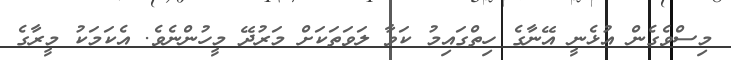
މިސްވެގެން އުޅެނީ އޭނާގެ ހިތްގައިމު ކަވާ ލަވަތަކަށް މަރުދޭ މީހުންނެވެ. އެކަމަކު މީރާގެ